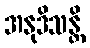
အနုဒိသန္တိ